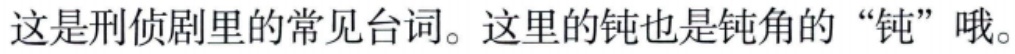
这是刑侦剧里的常见台词。这里的钝也是钝角的“钝”哦。